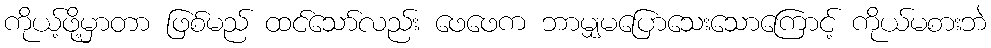
ကိုယ့်ဖို့မှာတာ ဖြစ်မည် ထင်သော်လည်း ဖေဖေက ဘာမျှမပြောသေးသောကြောင့် ကိုယ်မစားဘဲ